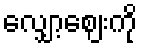
လျှော့ဈေးကို